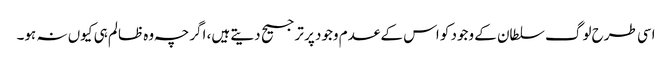
اسی طرح لوگ سلطان کے وجود کو اس کے عدم وجود پر ترجیح دیتے ہیں، اگرچہ وہ ظالم ہی کیوں نہ ہو۔